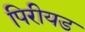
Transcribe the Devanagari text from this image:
पिरीयड